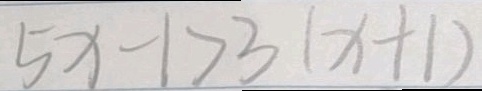
5 x - 1 > 3 ( x + 1 )